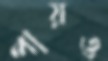
পায়ও